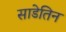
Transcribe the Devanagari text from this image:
साडेतिन